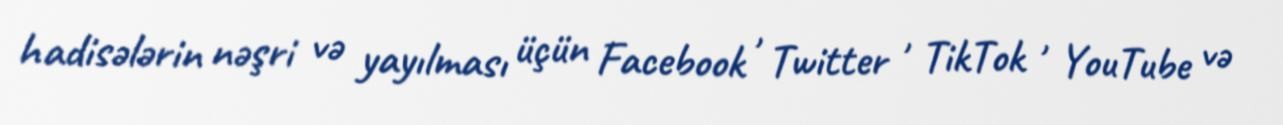
hadisələrin nəşri və yayılması üçün Facebook , Twitter , TikTok , YouTube və